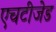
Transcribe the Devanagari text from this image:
एचटीजेड